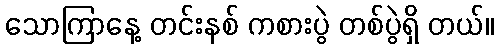
သောကြာနေ့ တင်းနစ် ကစားပွဲ တစ်ပွဲရှိ တယ်။